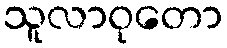
သူလာဝုတော